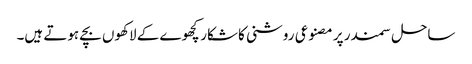
ساحل سمندر پر مصنوعی روشنی کا شکار کچھوے کے لاکھوں بچے ہوتے ہیں۔